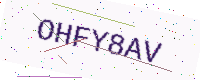
Text: OHFY8AV